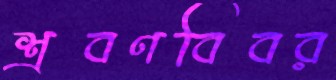
শ্রবণবিবর